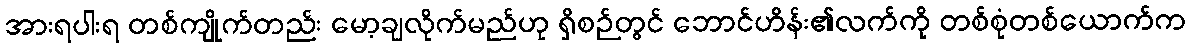
အားရပါးရ တစ်ကျိုက်တည်း မော့ချလိုက်မည်ဟု ရှိစဉ်တွင် ဘောင်ဟိန်း၏လက်ကို တစ်စုံတစ်ယောက်က